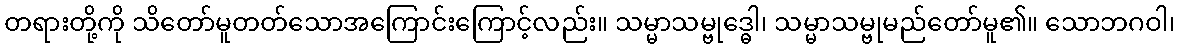
တရားတို့ကို သိတော်မူတတ်သောအကြောင်းကြောင့်လည်း။ သမ္မာသမ္ဗုဒ္ဓေါ၊ သမ္မာသမ္ဗုမည်တော်မူ၏။ သောဘဂဝါ၊